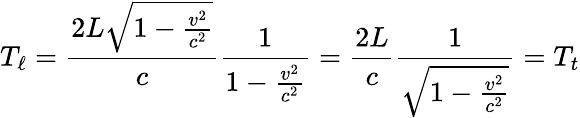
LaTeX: T_{\ell}={\frac{2L{\sqrt{1-{\frac{v^{2}}{c^{2}}}}}}{c}}{\frac{1}{1-{\frac{v^{2}}{c^{2}}}}}={\frac{2L}{c}}{\frac{1}{\sqrt{1-{\frac{v^{2}}{c^{2}}}}}}=T_{t}